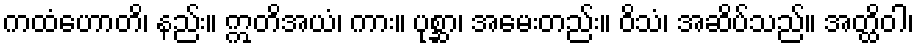
ကထံဟောတိ၊ နည်း။ ဣတိအယံ၊ ကား။ ပုစ္ဆာ၊ အမေးတည်း။ ဝိသံ၊ အဆိပ်သည်။ အတ္ထိဝါ၊